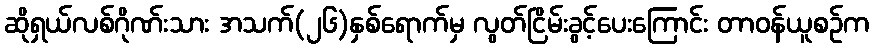
ဆိုရှယ်လစ်ဂိုဏ်းသား အသက်(၂၆)နှစ်ရောက်မှ လွတ်ငြိမ်းခွင့်ပေးကြောင်း တာဝန်ယူစဉ်က